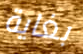
بغاية